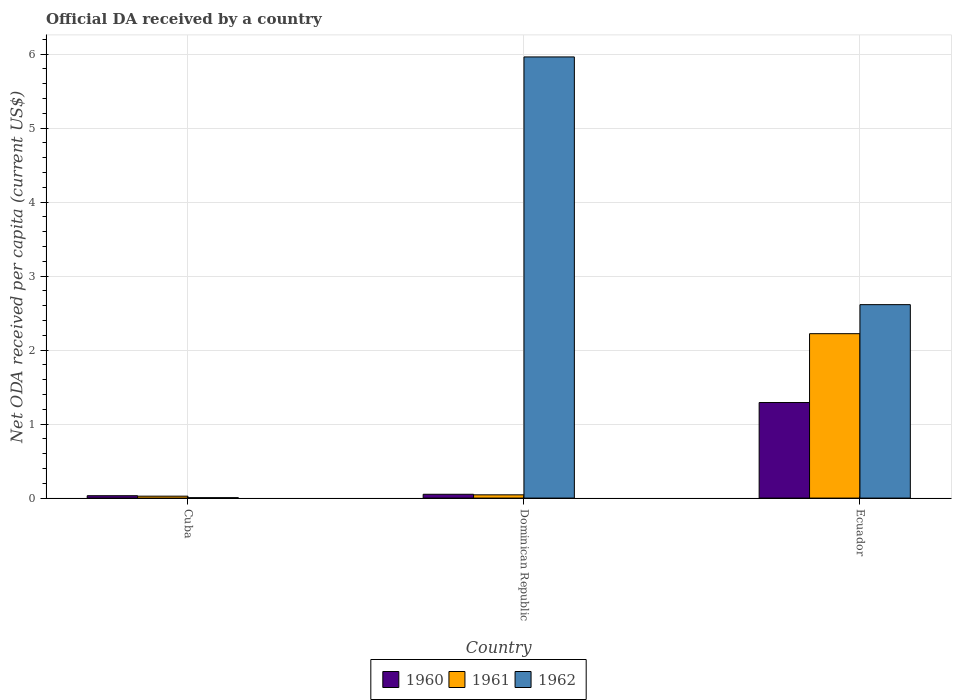
| Country | 1960 | 1961 | 1962 |
 | --- | --- | --- | --- |
 | Cuba | 0.0322 | 0.0261 | 0.00537 |
 | Dominican Republic | 0.0516 | 0.044 | 5.96 |
 | Ecuador | 1.29 | 2.22 | 2.61 |